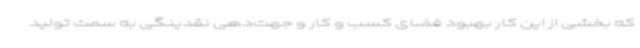
که بخشی از این کار بهبود فضای کسب و کار و جهت‌دهی نقدینگی به سمت تولید